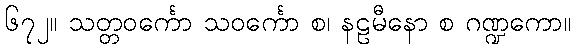
၆၇၂။ သတ္တဝင်္ကော သဝင်္ကော စ၊ နဠမီနော စ ဂဏ္ဍကော။